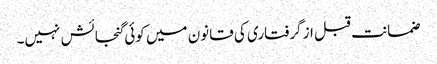
ضمانت قبل از گرفتاری کی قانون میں کوئی گنجائش نہیں۔